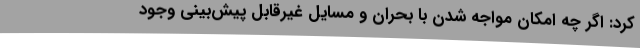
کرد: اگر چه امکان مواجه شدن با بحران و مسایل غیرقابل پیش‌بینی وجود